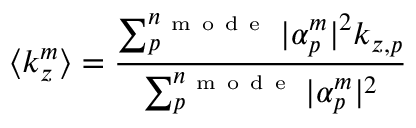
\langle k _ { z } ^ { m } \rangle = \frac { \sum _ { p } ^ { n _ { \mathrm { ~ m ~ o ~ d ~ e ~ } } } | \alpha _ { p } ^ { m } | ^ { 2 } k _ { z , p } } { \sum _ { p } ^ { n _ { \mathrm { ~ m ~ o ~ d ~ e ~ } } } | \alpha _ { p } ^ { m } | ^ { 2 } }